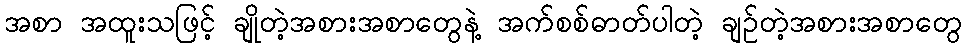
အစာ အထူးသဖြင့် ချိုတဲ့အစားအစာတွေနဲ့ အက်စစ်ဓာတ်ပါတဲ့ ချဉ်တဲ့အစားအစာတွေ